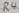
Text: R4